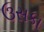
ઉસકા